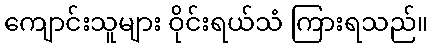
ကျောင်းသူများ ဝိုင်းရယ်သံ ကြားရသည်။